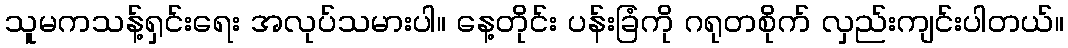
သူမကသန့်ရှင်းရေး အလုပ်သမားပါ။ နေ့တိုင်း ပန်းခြံကို ဂရုတစိုက် လှည်းကျင်းပါတယ်။